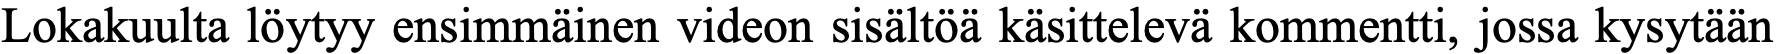
Lokakuulta löytyy ensimmäinen videon sisältöä käsittelevä kommentti, jossa kysytään